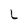
Character: L